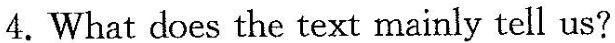
4.What does the text mainly tell us?